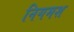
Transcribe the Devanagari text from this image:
निगमश